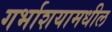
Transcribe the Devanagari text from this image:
गर्भाशयामधील